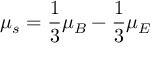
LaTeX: \mu _ { s } = \frac { 1 } { 3 } \mu _ { B } - \frac { 1 } { 3 } \mu _ { E }